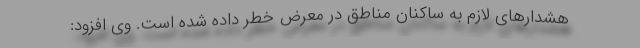
هشدارهای لازم به ساکنان مناطق در معرض خطر داده شده است. وی افزود: